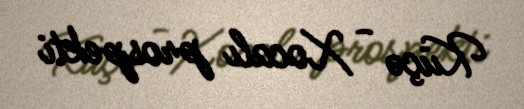
Küçə - Xocalı prospekti